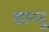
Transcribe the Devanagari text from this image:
शान्तू